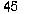
45